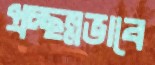
প্রচ্ছন্নভাবে